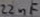
Text: 22nF